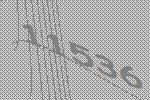
11536